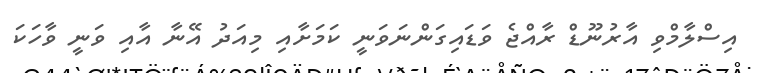
އިސްލާމްވި އާރުނޫޑް ރާއްޖެ ވަޑައިގަންނަވަނީ ކަމަށާއި މިއަދު އޭނާ އާއި ވަނީ ވާހަކަ